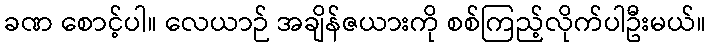
ခဏ စောင့်ပါ။ လေယာဉ် အချိန်ဇယားကို စစ်ကြည့်လိုက်ပါဦးမယ်။